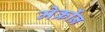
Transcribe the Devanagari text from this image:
मेक्रोंन